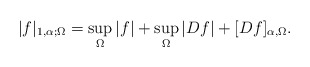
\begin{align*}|f|_{1,\alpha;\Omega} = \sup_{\Omega}|f| + \sup_{\Omega}|Df| + [Df]_{\alpha,\Omega}.\end{align*}